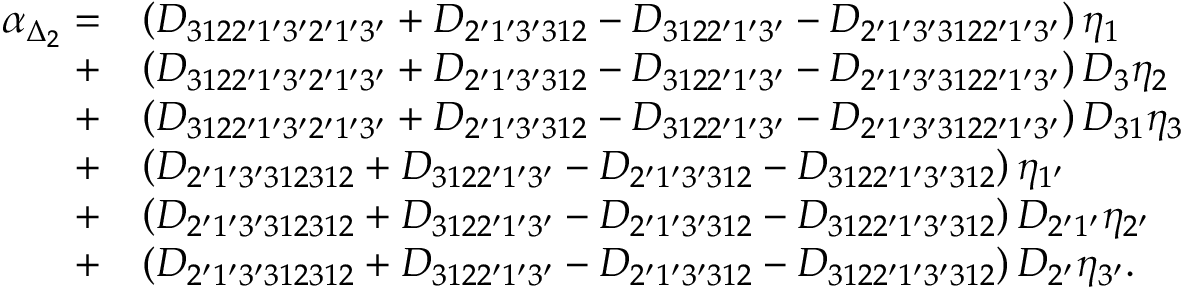
\begin{array} { r l } { \alpha _ { \Delta _ { 2 } } = } & { \left( { { D _ { 3 1 2 2 ^ { \prime } 1 ^ { \prime } 3 ^ { \prime } 2 ^ { \prime } 1 ^ { \prime } 3 ^ { \prime } } } + { D _ { 2 ^ { \prime } 1 ^ { \prime } 3 ^ { \prime } 3 1 2 } } - { D _ { 3 1 2 2 ^ { \prime } 1 ^ { \prime } 3 ^ { \prime } } } - { D _ { 2 ^ { \prime } 1 ^ { \prime } 3 ^ { \prime } 3 1 2 2 ^ { \prime } 1 ^ { \prime } 3 ^ { \prime } } } } \right) { \eta _ { 1 } } } \\ { + } & { \left( { { D _ { 3 1 2 2 ^ { \prime } 1 ^ { \prime } 3 ^ { \prime } 2 ^ { \prime } 1 ^ { \prime } 3 ^ { \prime } } } + { D _ { 2 ^ { \prime } 1 ^ { \prime } 3 ^ { \prime } 3 1 2 } } - { D _ { 3 1 2 2 ^ { \prime } 1 ^ { \prime } 3 ^ { \prime } } } - { D _ { 2 ^ { \prime } 1 ^ { \prime } 3 ^ { \prime } 3 1 2 2 ^ { \prime } 1 ^ { \prime } 3 ^ { \prime } } } } \right) { D _ { 3 } } { \eta _ { 2 } } } \\ { + } & { \left( { { D _ { 3 1 2 2 ^ { \prime } 1 ^ { \prime } 3 ^ { \prime } 2 ^ { \prime } 1 ^ { \prime } 3 ^ { \prime } } } + { D _ { 2 ^ { \prime } 1 ^ { \prime } 3 ^ { \prime } 3 1 2 } } - { D _ { 3 1 2 2 ^ { \prime } 1 ^ { \prime } 3 ^ { \prime } } } - { D _ { 2 ^ { \prime } 1 ^ { \prime } 3 ^ { \prime } 3 1 2 2 ^ { \prime } 1 ^ { \prime } 3 ^ { \prime } } } } \right) { D _ { 3 1 } } { \eta _ { 3 } } } \\ { + } & { \left( { { D _ { 2 ^ { \prime } 1 ^ { \prime } 3 ^ { \prime } 3 1 2 3 1 2 } } + { D _ { 3 1 2 2 ^ { \prime } 1 ^ { \prime } 3 ^ { \prime } } } - { D _ { 2 ^ { \prime } 1 ^ { \prime } 3 ^ { \prime } 3 1 2 } } - { D _ { 3 1 2 2 ^ { \prime } 1 ^ { \prime } 3 ^ { \prime } 3 1 2 } } } \right) { \eta _ { 1 ^ { \prime } } } } \\ { + } & { \left( { { D _ { 2 ^ { \prime } 1 ^ { \prime } 3 ^ { \prime } 3 1 2 3 1 2 } } + { D _ { 3 1 2 2 ^ { \prime } 1 ^ { \prime } 3 ^ { \prime } } } - { D _ { 2 ^ { \prime } 1 ^ { \prime } 3 ^ { \prime } 3 1 2 } } - { D _ { 3 1 2 2 ^ { \prime } 1 ^ { \prime } 3 ^ { \prime } 3 1 2 } } } \right) { D _ { 2 ^ { \prime } 1 ^ { \prime } } } { \eta _ { 2 ^ { \prime } } } } \\ { + } & { \left( { { D _ { 2 ^ { \prime } 1 ^ { \prime } 3 ^ { \prime } 3 1 2 3 1 2 } } + { D _ { 3 1 2 2 ^ { \prime } 1 ^ { \prime } 3 ^ { \prime } } } - { D _ { 2 ^ { \prime } 1 ^ { \prime } 3 ^ { \prime } 3 1 2 } } - { D _ { 3 1 2 2 ^ { \prime } 1 ^ { \prime } 3 ^ { \prime } 3 1 2 } } } \right) { D _ { 2 ^ { \prime } } } { \eta _ { 3 ^ { \prime } } } . } \end{array}